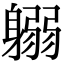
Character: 𨉱